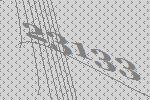
23133